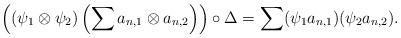
LaTeX: \begin{align*} \left((\psi_1\otimes\psi_2)\left(\sum a_{n,1}\otimes a_{n,2}\right)\right)\circ\Delta = \sum (\psi_1 a_{n,1})(\psi_2 a_{n,2}). \end{align*}